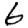
Digit: 6